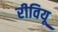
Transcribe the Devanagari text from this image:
रीवियू